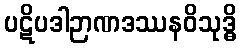
ပဋိပဒါဉာဏဒဿနဝိသုဒ္ဓိ